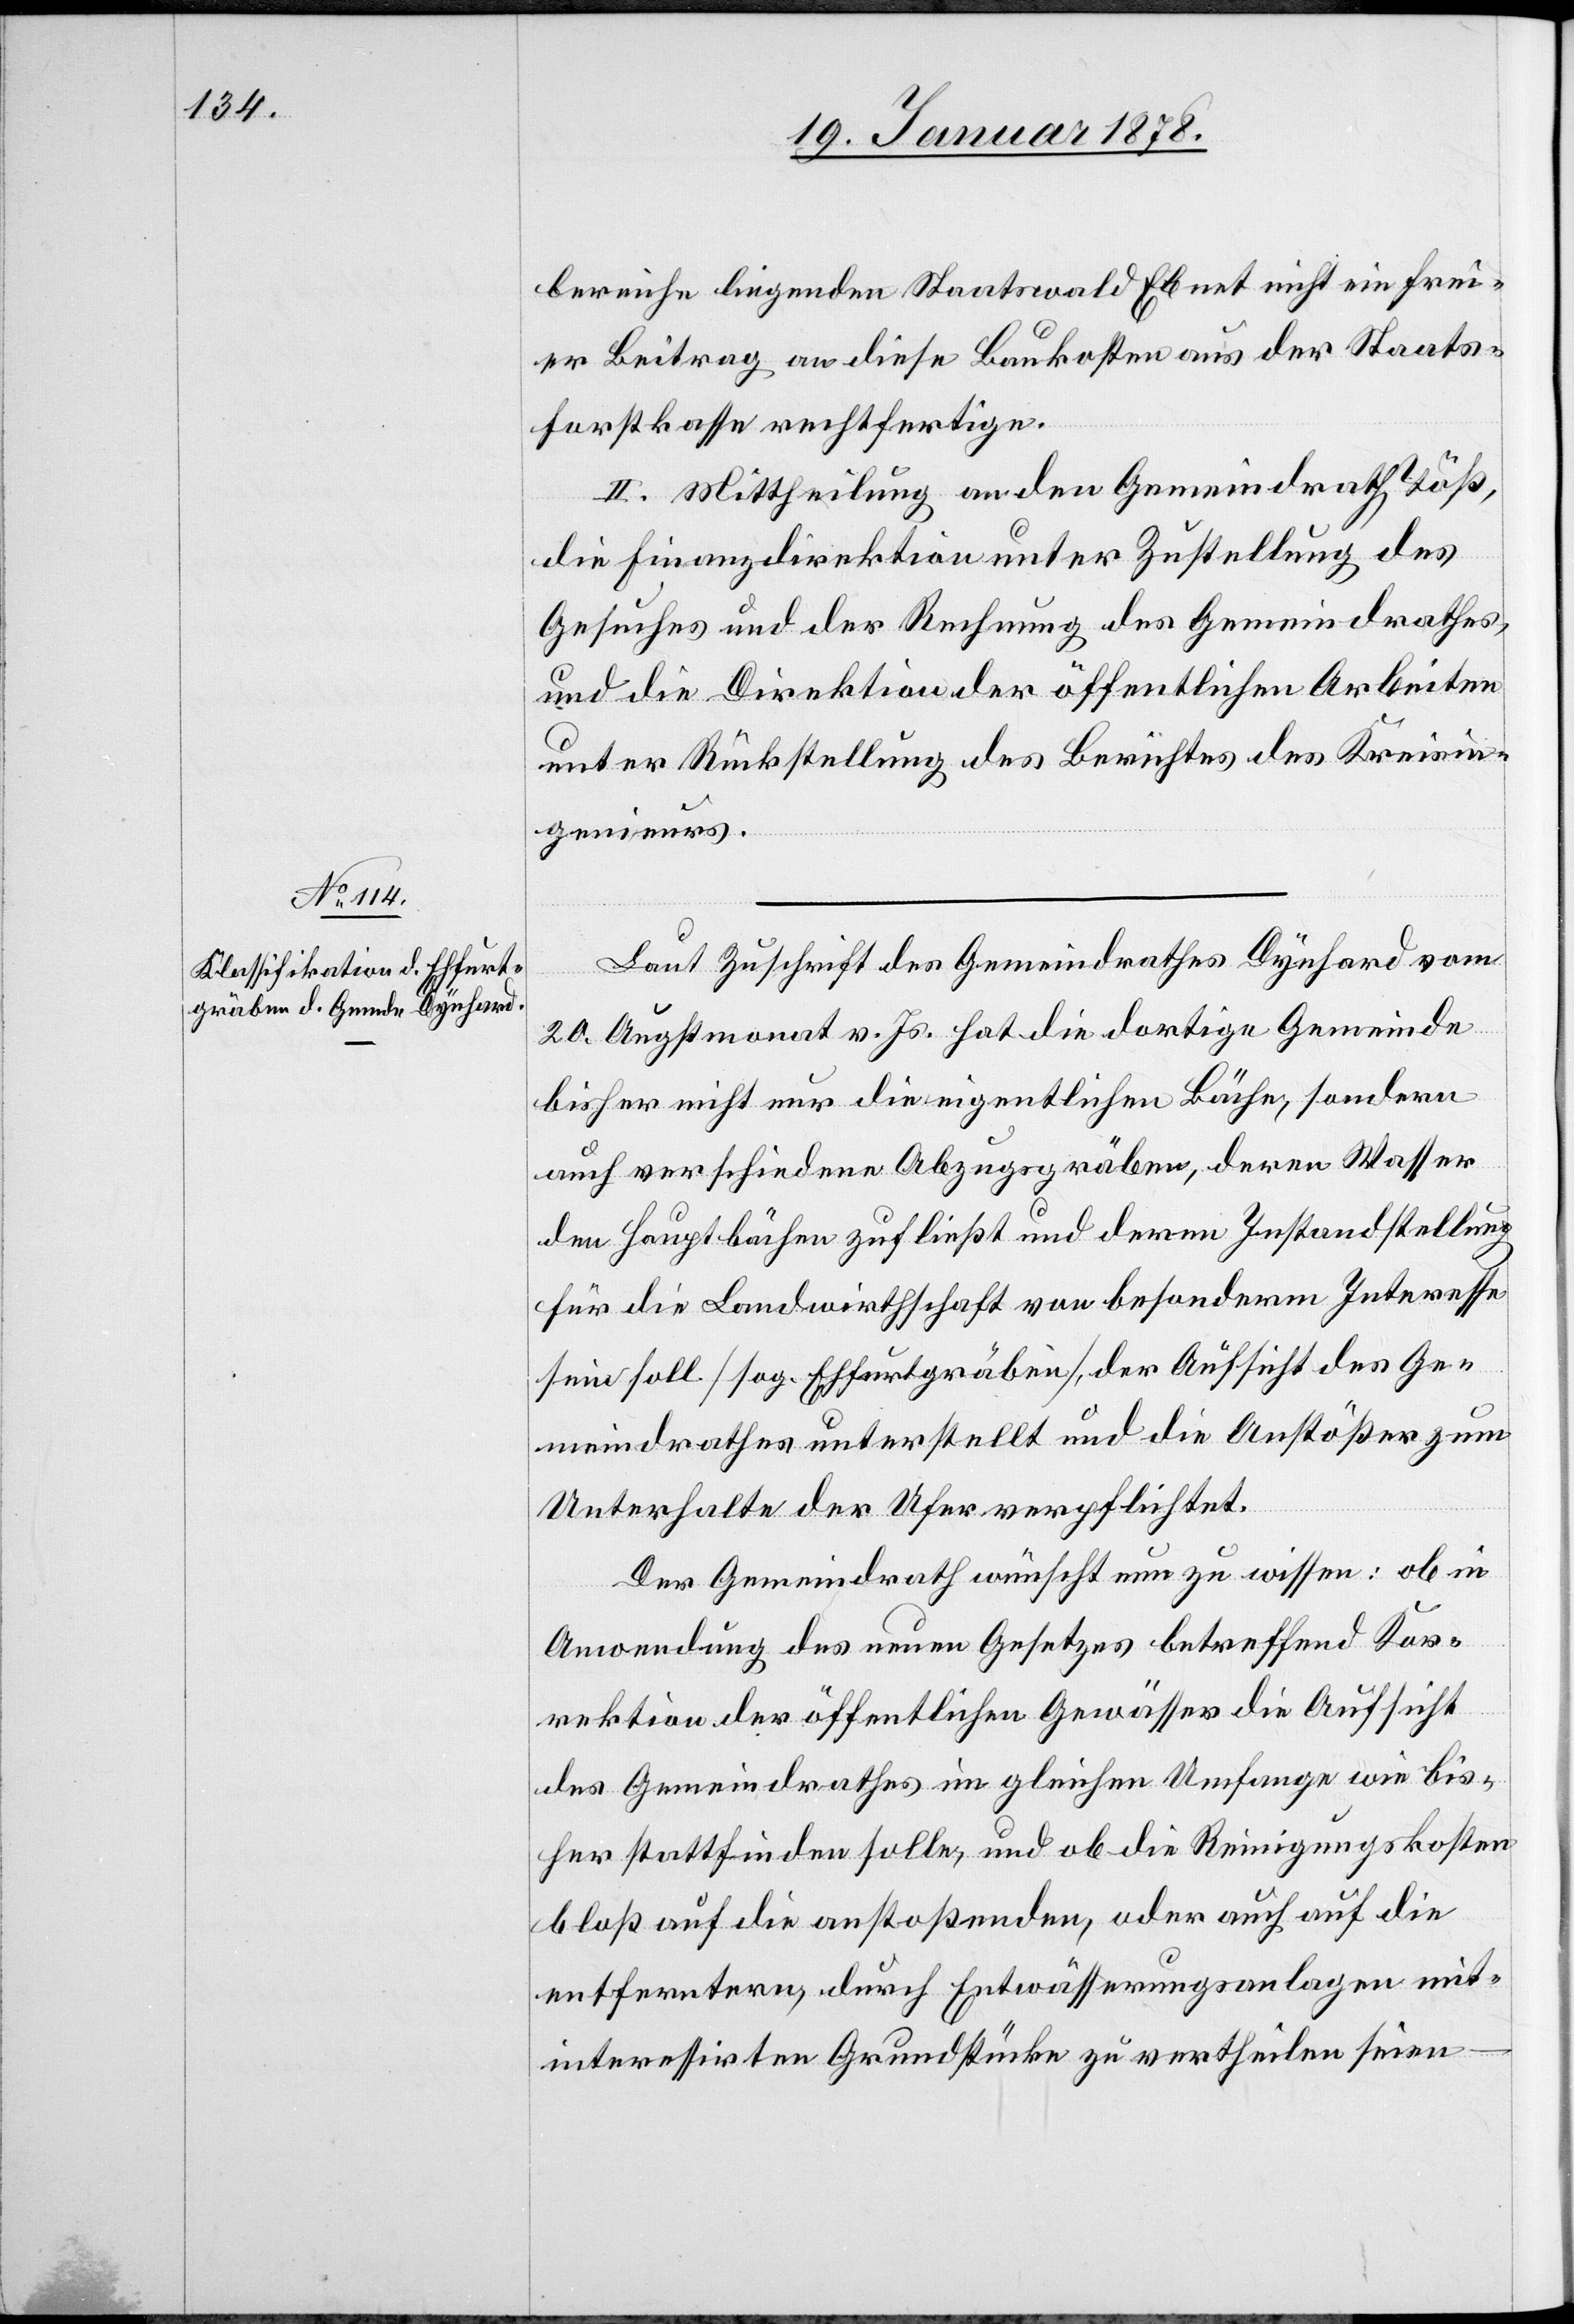
bereiche liegenden Staatswald Ebnet nicht ein frei¬
er Beitrag an diese Baukosten aus der Staats¬
forstkasse rechtfertige.
II. Mittheilung an den Gemeindrath Töß,
die Finanzdirektion unter Zustellung des
Gesuches und der Rechnung des Gemeindrathes,
und die Direktion der öffentlichen Arbeiten
unter Rückstellung des Berichtes des Kreisin¬
genieurs.
Laut Zuschrift des Gemeindrathes Dynhard vom
20. Augstmonat v. Js. hat die dortige Gemeinde
bisher nicht nur die eigentlichen Bäche, sondern
auch verschiedene Abzugsgräben, deren Wasser
den Hauptbächen zufließt und deren Instandstellung
für die Landwirthschaft von besonderm Interesse
sein soll (sog. Ehfurtgräben), der Aufsicht des Ge¬
meindrathes unterstellt und die Anstößer zum
Unterhalte der Ufer verpflichtet.
Der Gemeindrath wünscht nun zu wissen: ob in
Anwendung des neuen Gesetzes betreffend Kor¬
rektion der öffentlichen Gewässer die Aufsicht
des Gemeindrathes im gleichen Umfange wie bis¬
her stattfinden solle, und ob die Reinigungskosten
bloß auf die anstoßenden, oder auch auf die
entfertern, durch Entwässerungsanlagen mit¬
interessirten Grrundstücke zu vertheilen seien